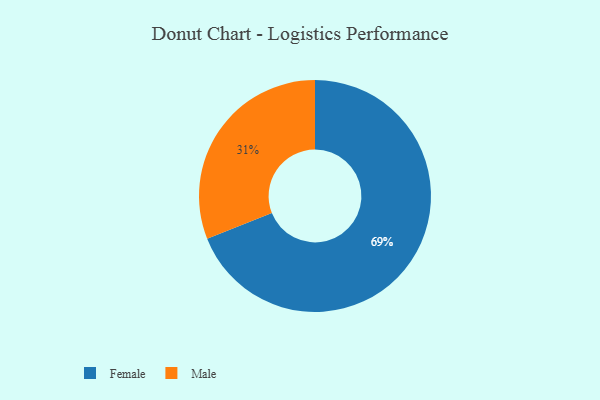
{"axis": {"x": "Category", "y": "Percentage"}, "legend": ["Female", "Male"], "data": [{"x": "Male", "y": 31, "type": "Male"}, {"x": "Female", "y": 69, "type": "Female"}]}